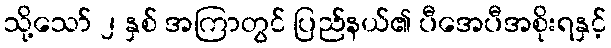
သို့သော် ၂ နှစ် အကြာတွင် ပြည်နယ်၏ ပီအေပီအစိုးရနှင့်